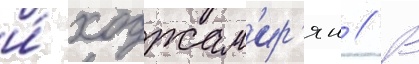
и́ ходжам'ир'ян // В